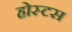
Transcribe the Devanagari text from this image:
होस्टस